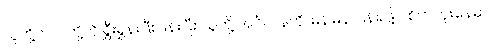
သူတို့က ငါတို့ကို ရွှီးရွှန်းဖြီးဖြန်းပြီး သူတို့ အင်္ဂလန်ကို မြန်မြန် ပြန်ရဖို့ပဲ စိတ်ကူးနေမှာ